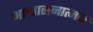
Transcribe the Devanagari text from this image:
आश्वासनात्मक